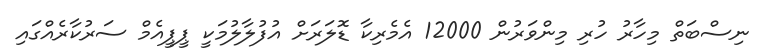
ނިސްބަތް މިހާރު ހުރި މިންވަރުން 12000 އެމެރިކާ ޑޮލަރަށް އުފުލާލުމަކީ ޕީޕީއެމް ސަރުކާރެއްގައި